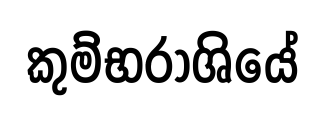
කුම්භරාශියේ